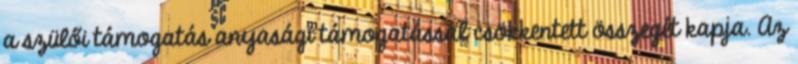
a szülői támogatás anyasági támogatással csökkentett összegét kapja. Az